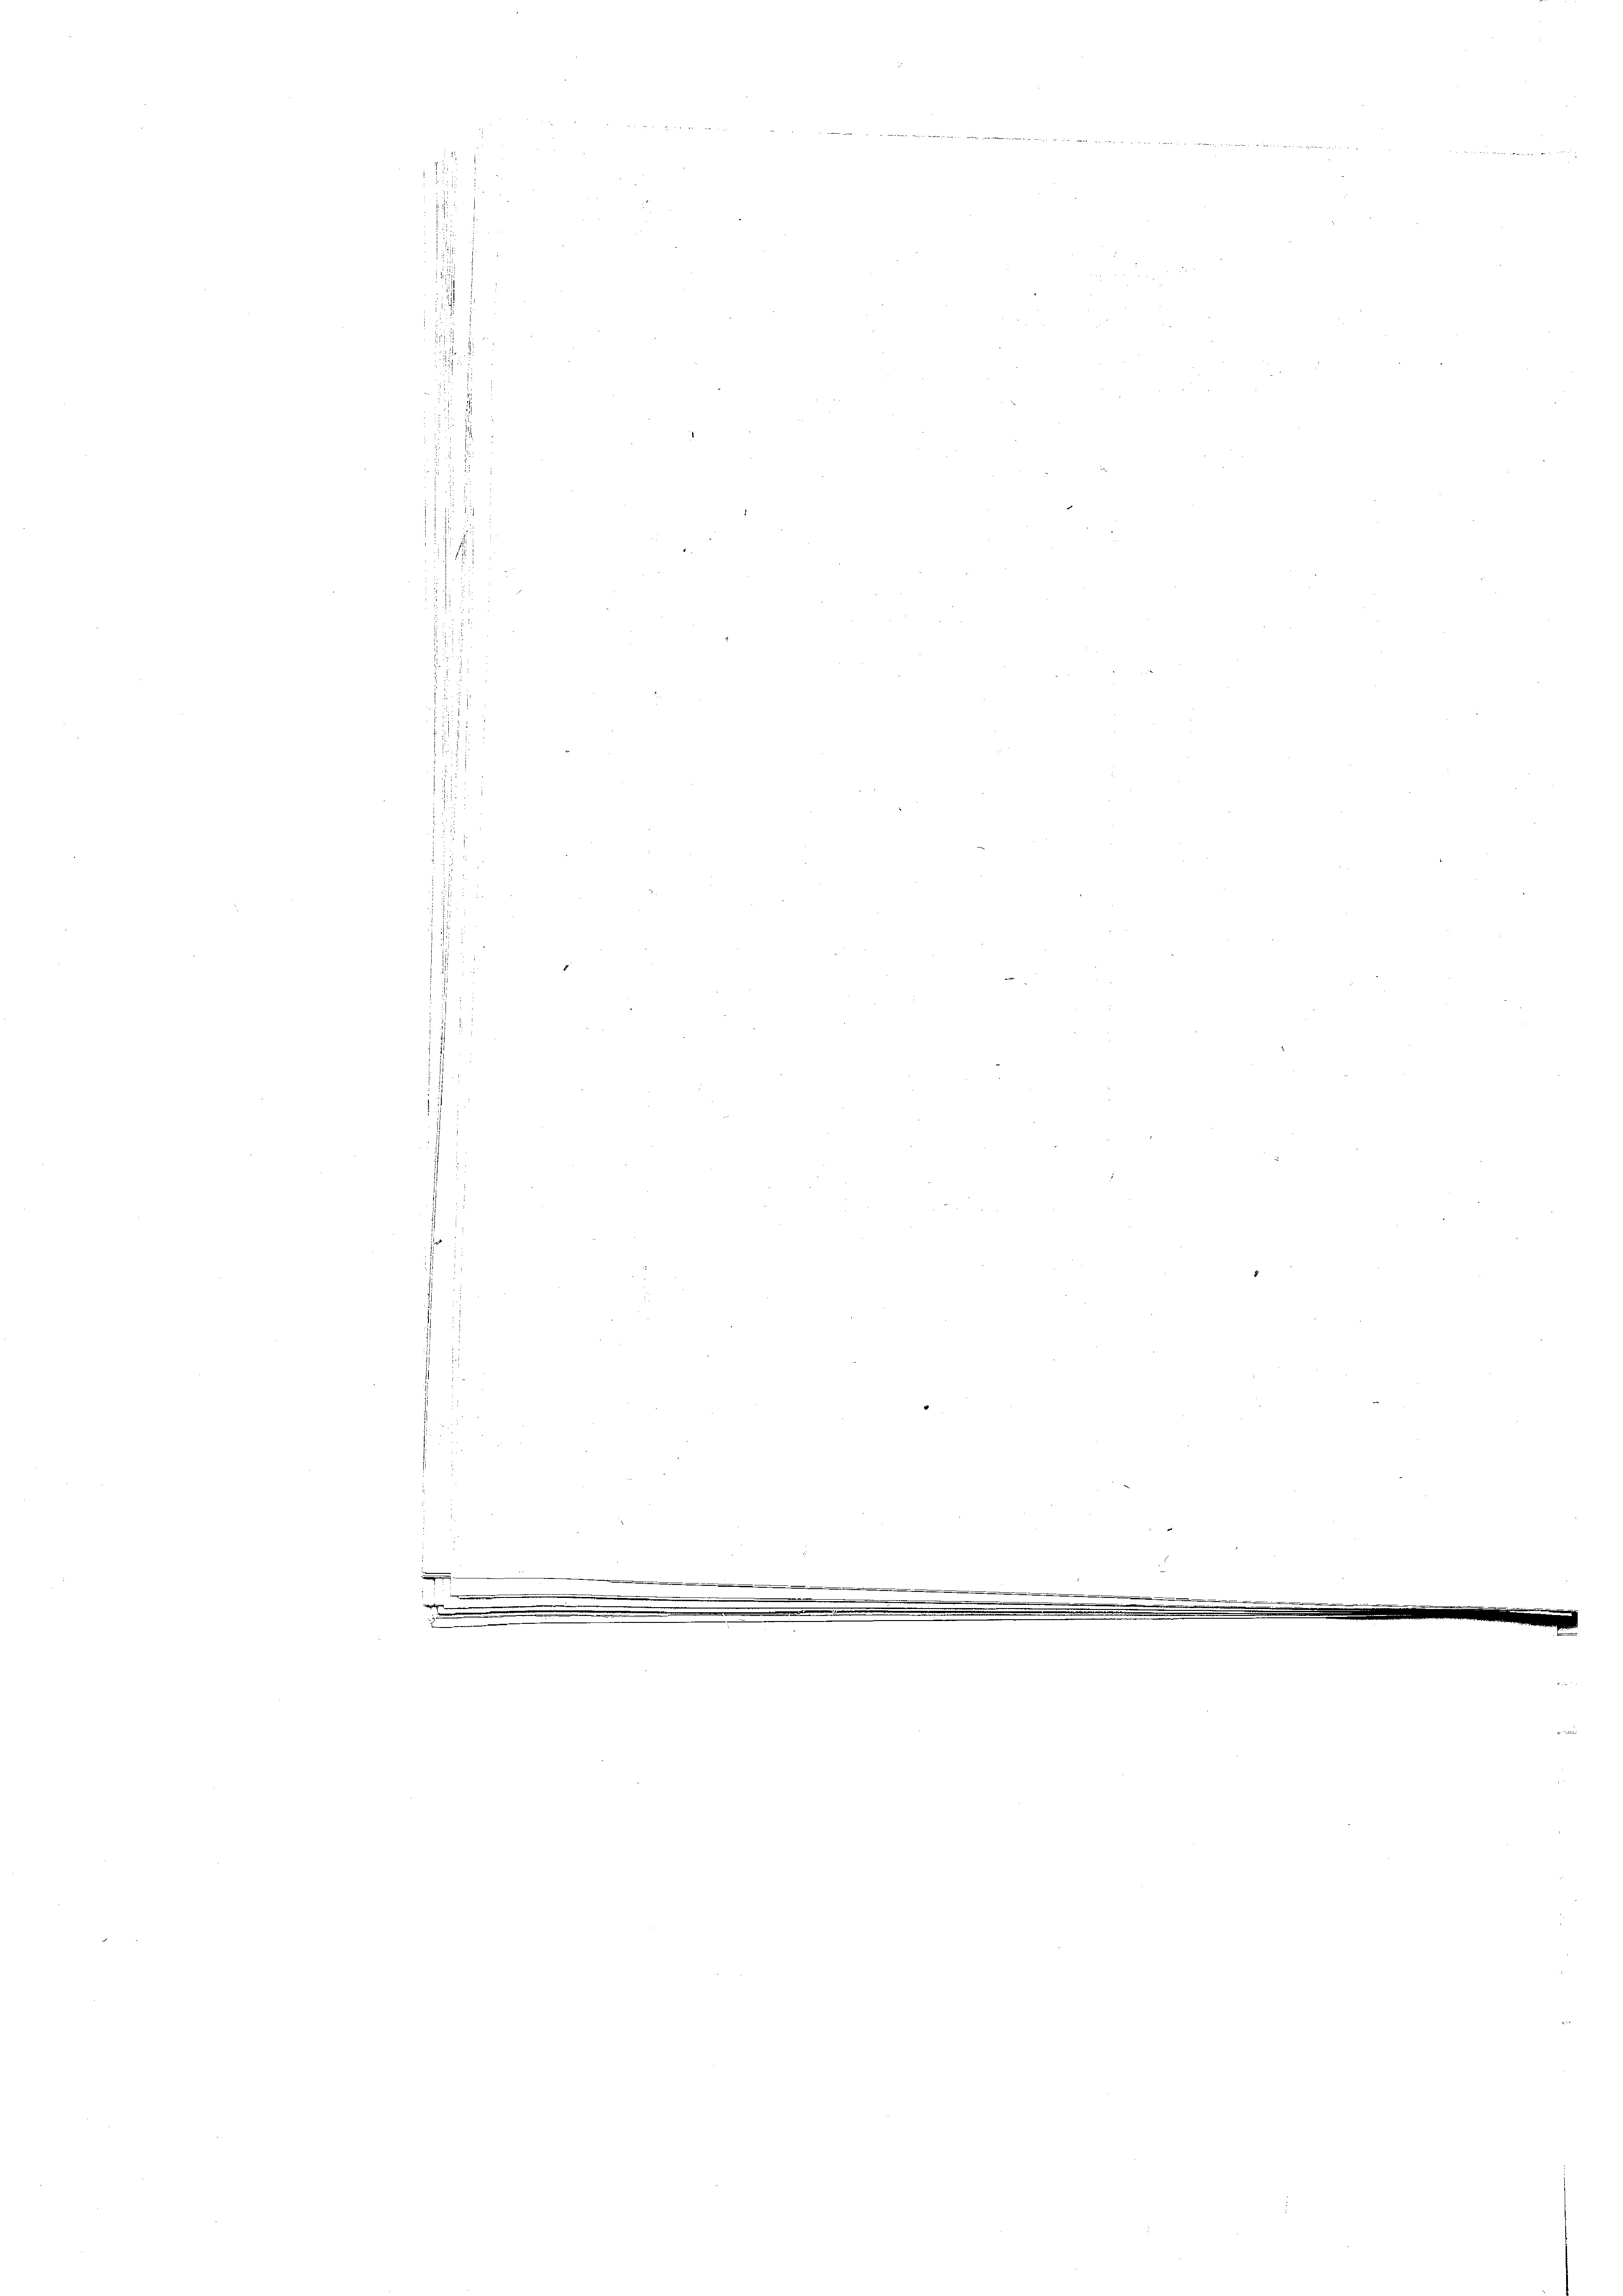
23